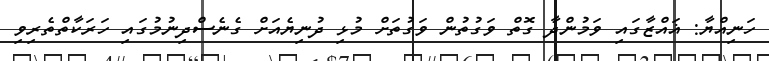
ހަނިއްޔާ: ޣައްޒާގައި ވަމުންދާ ގޮތް ވަގުތުން ވަގުތަށް މުޅި ދުނިޔެއަށް ގެނެސްދިނުމުގައި ހަރަކާތްތެރިވި